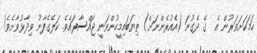
ހަމަކަށަވަރުން އެ  ގެ ދެގުނަ (އެއުރެންނަށް) ތިޔަބައިމީހުންވަނީ ޖައްސާފައެވެ. ކަލޭގެފާނު ވިދާޅުވާށެވެ!